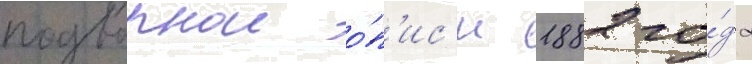
подворнои о́п'ис'и 1882 го́да